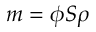
m = \phi S \rho